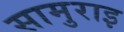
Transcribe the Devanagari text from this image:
सामुराइ